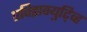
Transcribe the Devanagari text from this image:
एक्झिक्युटि्व्ह